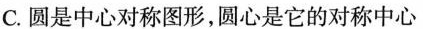
C. 圆是中心对称图形，圆心是它的对称中心